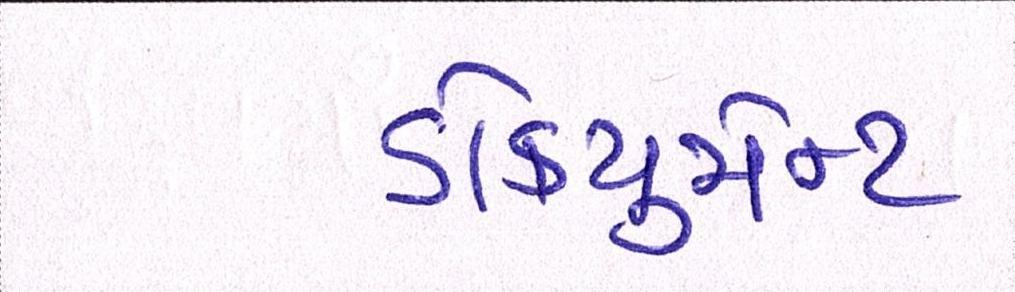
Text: ડોકયુમેન્ટ